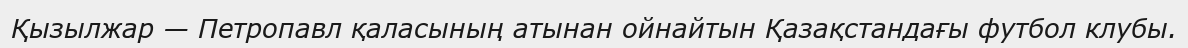
Қызылжар — Петропавл қаласының атынан ойнайтын Қазақстандағы футбол клубы.